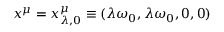
x ^ { \mu } = x _ { \lambda , 0 } ^ { \mu } \equiv ( \lambda \omega _ { 0 } , \lambda \omega _ { 0 } , 0 , 0 )